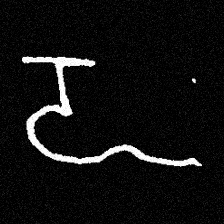
Pyu character \u2014 Myanmar letter: ဍ (romanized: dda)